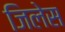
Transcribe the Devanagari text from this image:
जिलेस